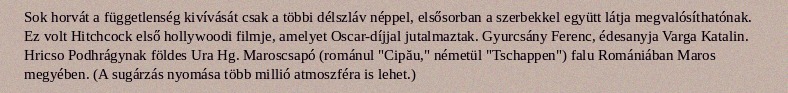
Sok horvát a függetlenség kivívását csak a többi délszláv néppel, elsősorban a szerbekkel együtt látja megvalósíthatónak. Ez volt Hitchcock első hollywoodi filmje, amelyet Oscar-díjjal jutalmaztak. Gyurcsány Ferenc, édesanyja Varga Katalin. Hricso Podhrágynak földes Ura Hg. Maroscsapó (románul "Cipău," németül "Tschappen") falu Romániában Maros megyében. (A sugárzás nyomása több millió atmoszféra is lehet.)